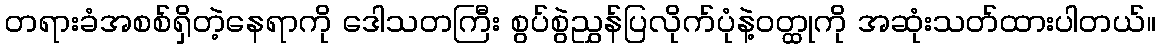
တရားခံအစစ်ရှိတဲ့နေရာကို ဒေါသတကြီး စွပ်စွဲညွှန်ပြလိုက်ပုံနဲ့ဝတ္ထုကို အဆုံးသတ်ထားပါတယ်။